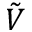
\tilde { V }